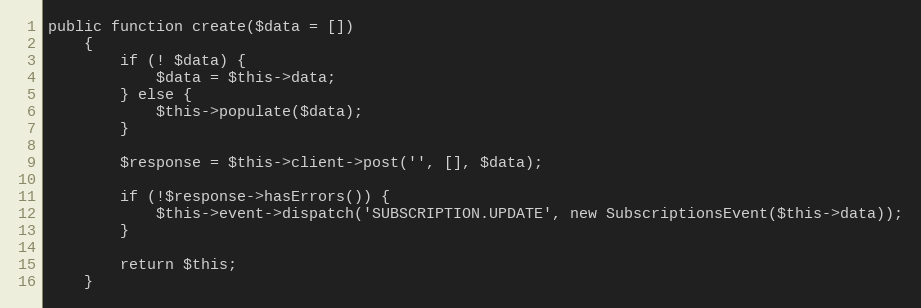
Language: PHP
public function create($data = [])
    {
        if (! $data) {
            $data = $this->data;
        } else {
            $this->populate($data);
        }

        $response = $this->client->post('', [], $data);

        if (!$response->hasErrors()) {
            $this->event->dispatch('SUBSCRIPTION.UPDATE', new SubscriptionsEvent($this->data));
        }

        return $this;
    }